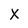
Character: x